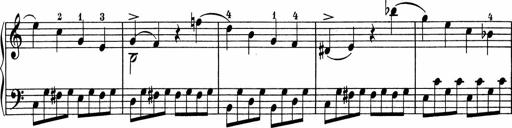
Title: 5 Sonatinen fÃ¼r die Jugend
Composer: Carl Reinecke